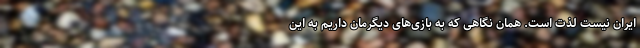
ایران نیست لذت است. همان نگاهی که به بازی‌های دیگرمان داریم به این